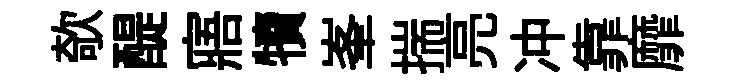
欹醍寤犢峯揣亮冲靠靡